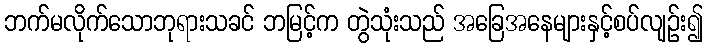
ဘက်မလိုက်သောဘုရားသခင် ဘမြင့်က တွဲသုံးသည် အခြေအနေများနှင့်စပ်လျဉ်း၍